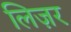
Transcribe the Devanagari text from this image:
लिज़र